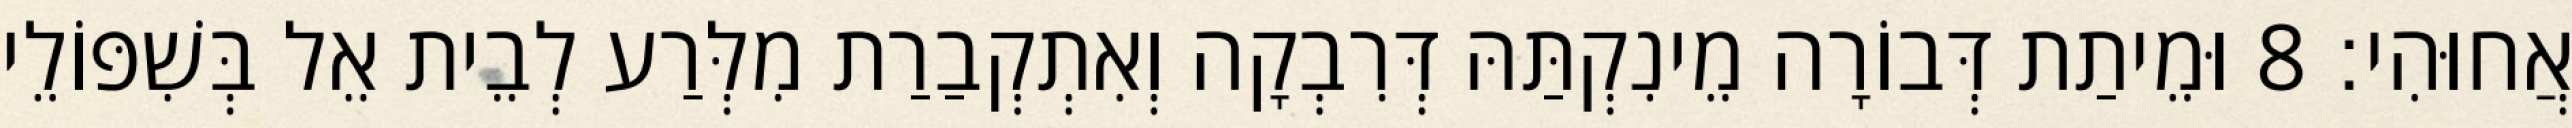
אֲחוּהִי׃ 8 וּמֵיתַת דְּבוֹרָה מֵינִקְתַּהּ דְּרִבְקָה וְאִתְקְבַרַת מִלְּרַע לְבֵית אֵל בְּשִׁפּוֹלֵי